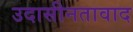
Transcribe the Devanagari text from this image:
उदासीनतावाद